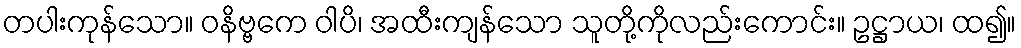
တပါးကုန်သော။ ဝနိဗ္ဗကေ ဝါပိ၊ အထီးကျန်သော သူတို့ကိုလည်းကောင်း။ ဥဋ္ဌာယ၊ ထ၍။